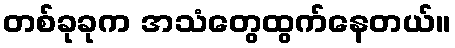
တစ်ခုခုက အသံတွေထွက်နေတယ်။